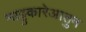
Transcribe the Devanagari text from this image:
नाट्टुकारेआतुन